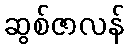
ဆွစ်ဇာလန်